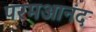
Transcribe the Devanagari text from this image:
परमआनंद